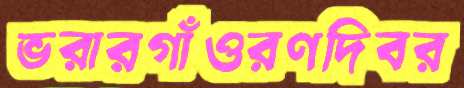
ভরারগাঁওরণদিবর